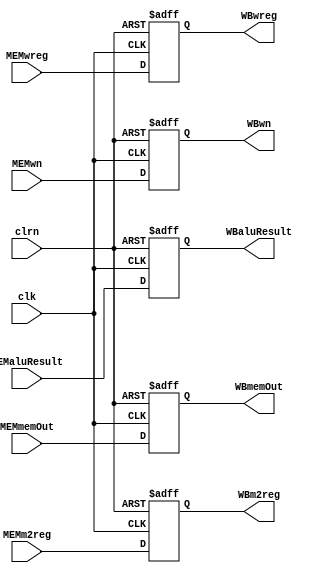
`timescale 1ns / 1ps
//////////////////////////////////////////////////////////////////////////////////
// Company: 
// Engineer: 
// 
// Design Name: 
// Module Name:    MEM_WB_reg 
// Project Name: 
// Target Devices: 
// Tool versions: 
// Description: 
//
// Dependencies: 
//
// Revision: 
// Revision 0.01 - File Created
// Additional Comments: 
//
//////////////////////////////////////////////////////////////////////////////////
module MEM_WB_reg(MEMwreg,MEMm2reg,MEMwn,MEMaluResult,MEMmemOut,clrn,clk,
						WBwreg,WBm2reg,WBwn,WBaluResult,WBmemOut
    );
	input MEMwreg,MEMm2reg;
	input [4:0] MEMwn;
	input [31:0] MEMaluResult,MEMmemOut;
	input clrn,clk;
	
	output WBwreg,WBm2reg;
	output [4:0] WBwn;
	output [31:0] WBaluResult,WBmemOut;
	
	reg WBwreg,WBm2reg;
	reg [4:0] WBwn;
	reg [31:0] WBaluResult,WBmemOut;

	always @(negedge clrn or posedge clk)
		if(clrn == 0)
			begin
				WBwreg <= 0;
				WBm2reg <= 0;
				WBwn <= 0;
				WBaluResult <= 0;
				WBmemOut <= 0;
			end
		else
			begin
				WBwreg <= MEMwreg;
				WBm2reg <= MEMm2reg;
				WBwn <= MEMwn;
				WBaluResult <= MEMaluResult;
				WBmemOut <= MEMmemOut;
			end
			
		initial
			begin
				WBwreg = 0;
				WBm2reg = 0;
				WBwn = 0;
				WBaluResult = 0;
				WBmemOut = 0;
			end
endmodule